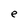
Character: e